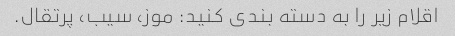
اقلام زیر را به دسته بندی کنید: موز، سیب، پرتقال.